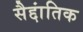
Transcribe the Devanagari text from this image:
सैद्दांतिक